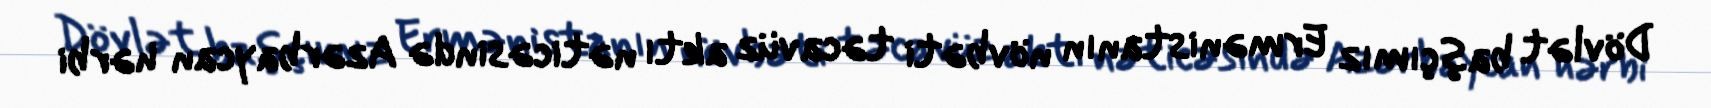
Dövlət başçımız Ermənistanın növbəti təcavüz aktı nəticəsində Azərbaycan hərbi